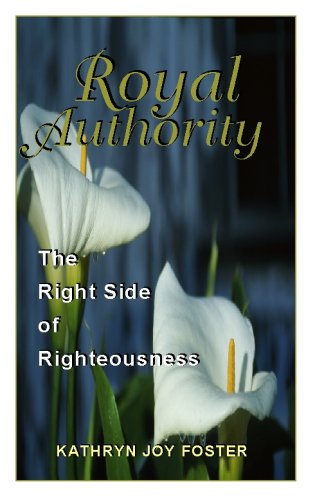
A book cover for Royal Authority; Kathryn Joy Foster; Christian Books & Bibles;